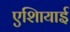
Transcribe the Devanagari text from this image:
एशिायाई